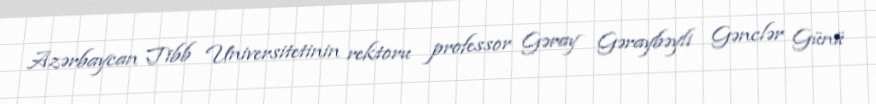
Azərbaycan Tibb Universitetinin rektoru professor Gəray Gəraybəyli Gənclər Günü